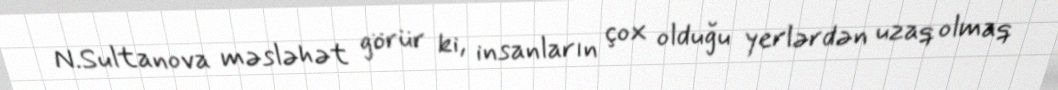
N.Sultanova məsləhət görür ki, insanların çox olduğu yerlərdən uzaq olmaq